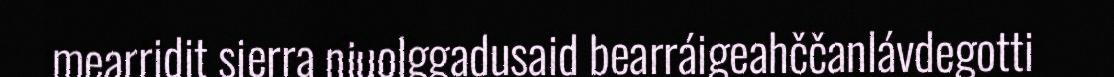
mearridit sierra njuolggadusaid bearráigeahččanlávdegotti